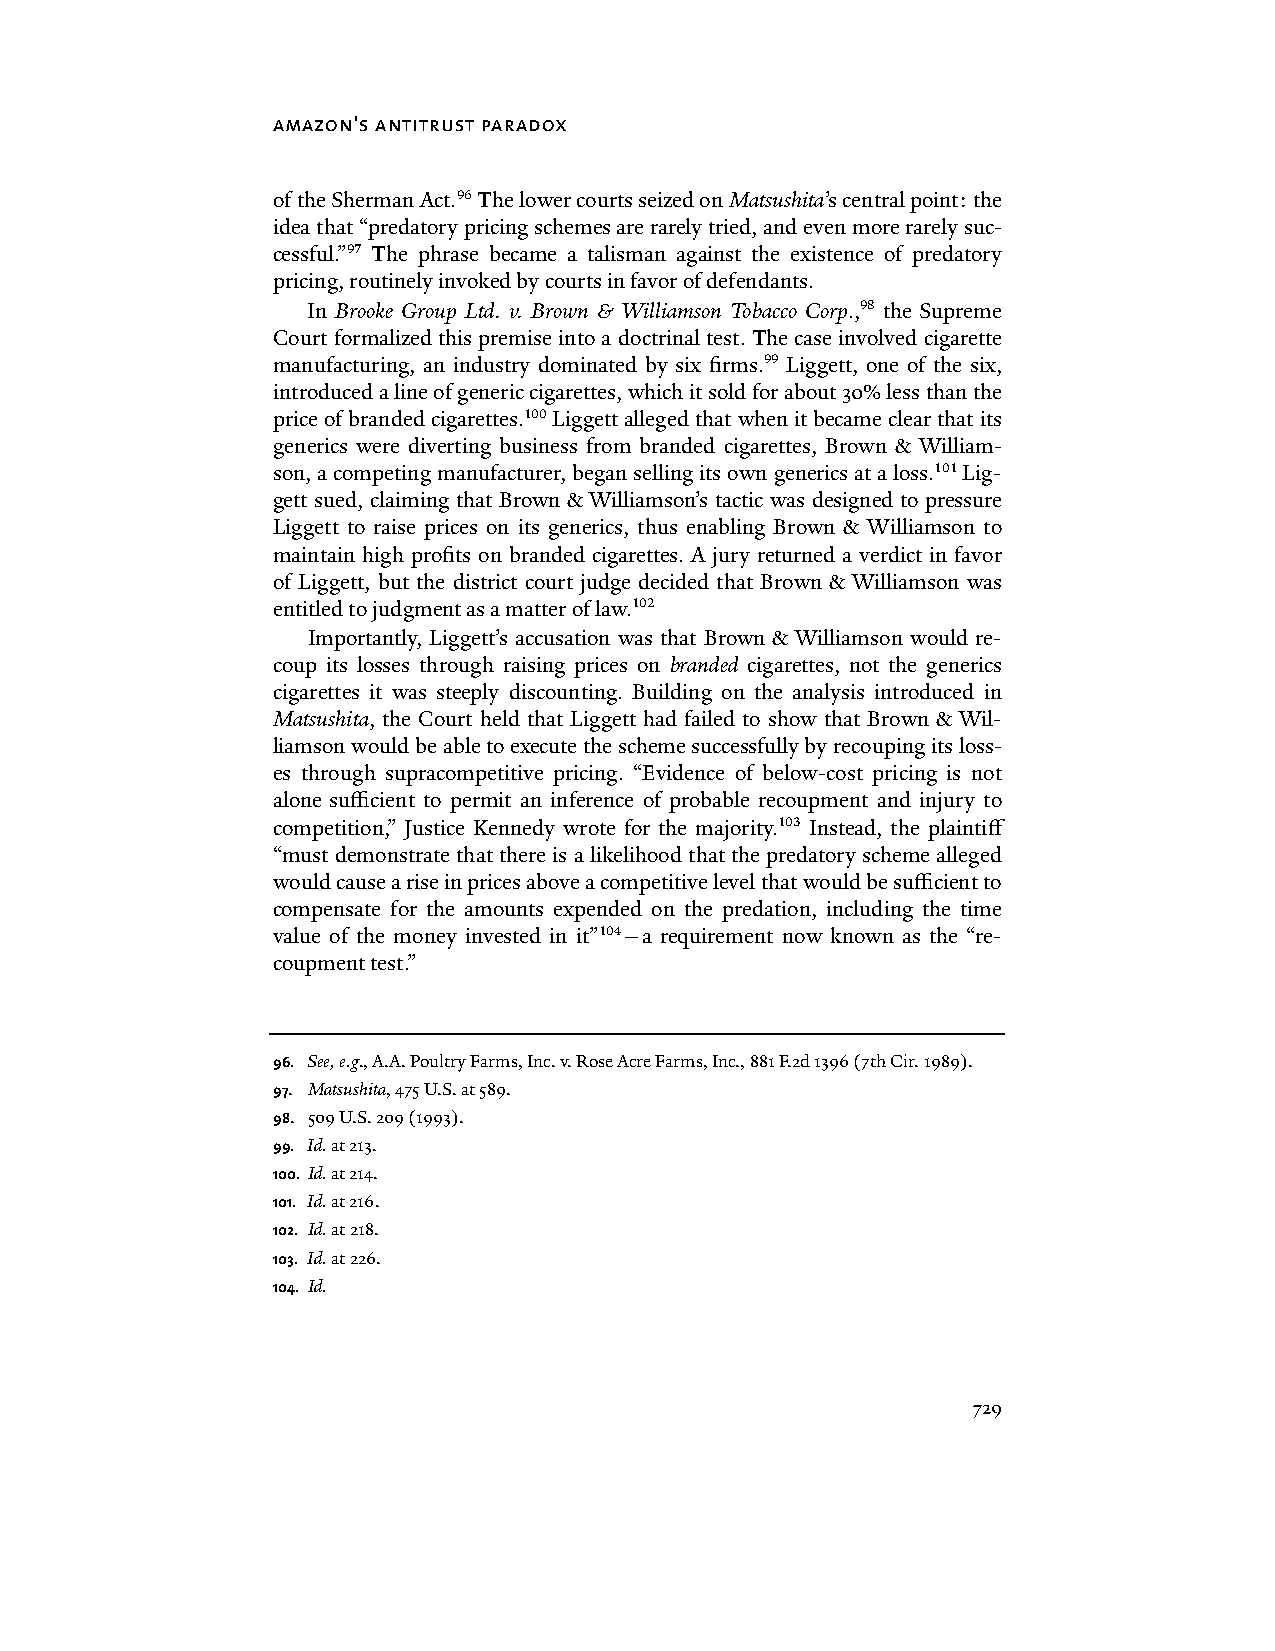
amazon's antitrust paradox
 of the Sherman Act.96 The lower courts seized on Matsushita’s central point: the
 idea that “predatory pricing schemes are rarely tried, and even more rarely suc-
 cessful.”97 The phrase became a talisman against the existence of predatory
 pricing, routinely invoked by courts in favor of defendants.
 In Brooke Group Ltd. v. Brown & Williamson Tobacco Corp.,98 the Supreme
 Court formalized this premise into a doctrinal test. The case involved cigarette
 manufacturing, an industry dominated by six firms.99 Liggett, one of the six,
 introduced a line of generic cigarettes, which it sold for about 30% less than the
 price of branded cigarettes.100 Liggett alleged that when it became clear that its
 generics were diverting business from branded cigarettes, Brown & William-
 son, a competing manufacturer, began selling its own generics at a loss.101 Lig-
 gett sued, claiming that Brown & Williamson’s tactic was designed to pressure
 Liggett to raise prices on its generics, thus enabling Brown & Williamson to
 maintain high profits on branded cigarettes. A jury returned a verdict in favor
 of Liggett, but the district court judge decided that Brown & Williamson was
 entitled to judgment as a matter of law.102
 Importantly, Liggett’s accusation was that Brown & Williamson would re-
 coup its losses through raising prices on branded cigarettes, not the generics
 cigarettes it was steeply discounting. Building on the analysis introduced in
 Matsushita, the Court held that Liggett had failed to show that Brown & Wil-
 liamson would be able to execute the scheme successfully by recouping its loss-
 es through supracompetitive pricing. “Evidence of below-cost pricing is not
 alone sufficient to permit an inference of probable recoupment and injury to
 competition,” Justice Kennedy wrote for the majority.103 Instead, the plaintiff
 “must demonstrate that there is a likelihood that the predatory scheme alleged
 would cause a rise in prices above a competitive level that would be sufficient to
 compensate for the amounts expended on the predation, including the time
 value of the money invested in it”104—a requirement now known as the “re-
 coupment test.”
 96. See, e.g., A.A. Poultry Farms, Inc. v. Rose Acre Farms, Inc., 881 F.2d 1396 (7th Cir. 1989).
 97. Matsushita, 475 U.S. at 589.
 98. 509 U.S. 209 (1993).
 99. Id. at 213.
 100. Id. at 214.
 101. Id. at 216.
 102. Id. at 218.
 103. Id. at 226.
 104. Id.
 729